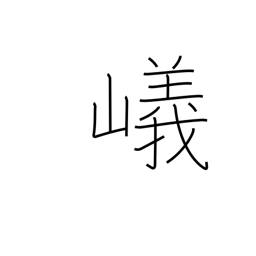
Meaning: steep